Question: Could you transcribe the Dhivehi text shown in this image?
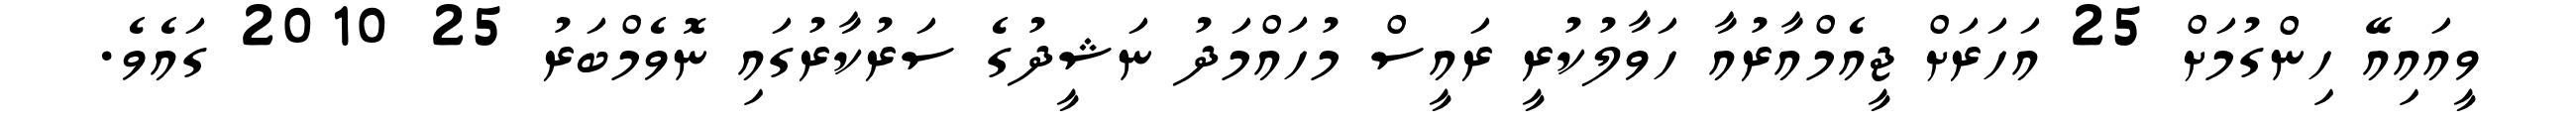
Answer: ވީއައިއޭ ހިންގުމަށް 25 އަހަރަށް ޖީއެމްއާރުއާ ހަވާލުކުރީ ރައީސް މުހައްމަދު ނަޝީދުގެ ސަރުކާރުގައި ނޮވެމްބަރު 25 2010 ގައެވެ.